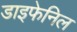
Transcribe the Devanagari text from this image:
डाइफेनिल